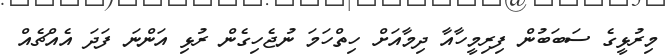
މިރުޅީގެ ސަބަބުން ފިރިމީހާއާ ދިމާއަށް ހިތްހަމަ ނުޖެހިގެން ރުޅި އަންނަ ފަދަ އެއްޗެއް